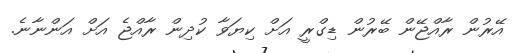
އޭރުން ރާއްޖޭން ބޭރުން ޑިގްރީ އަށް ކިޔަވާ ކުދިން ރާއްޖެ އަށް އަންނާނެ.